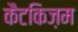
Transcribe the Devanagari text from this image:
कैटकिज़म